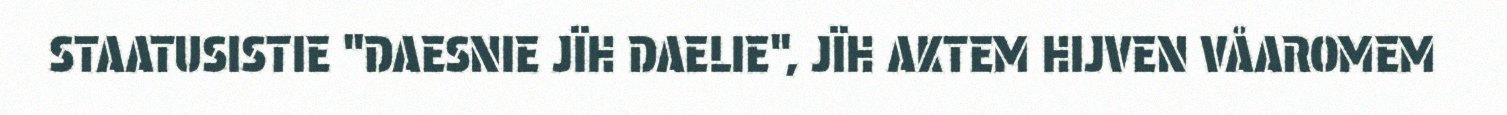
STAATUSISTIE "DAESNIE JÏH DAELIE", JÏH AKTEM HIJVEN VÅAROMEM